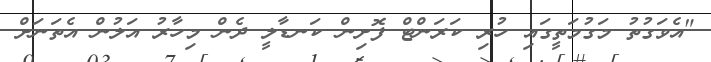
"އެވަގުތު މަގުމަތީގައި ހުރި ކަރަންޓް ފޮށިން ކަނޑާލީ ދެން މިހާރު އަލުން އެތަނަށް